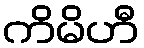
ကိမိဟီ